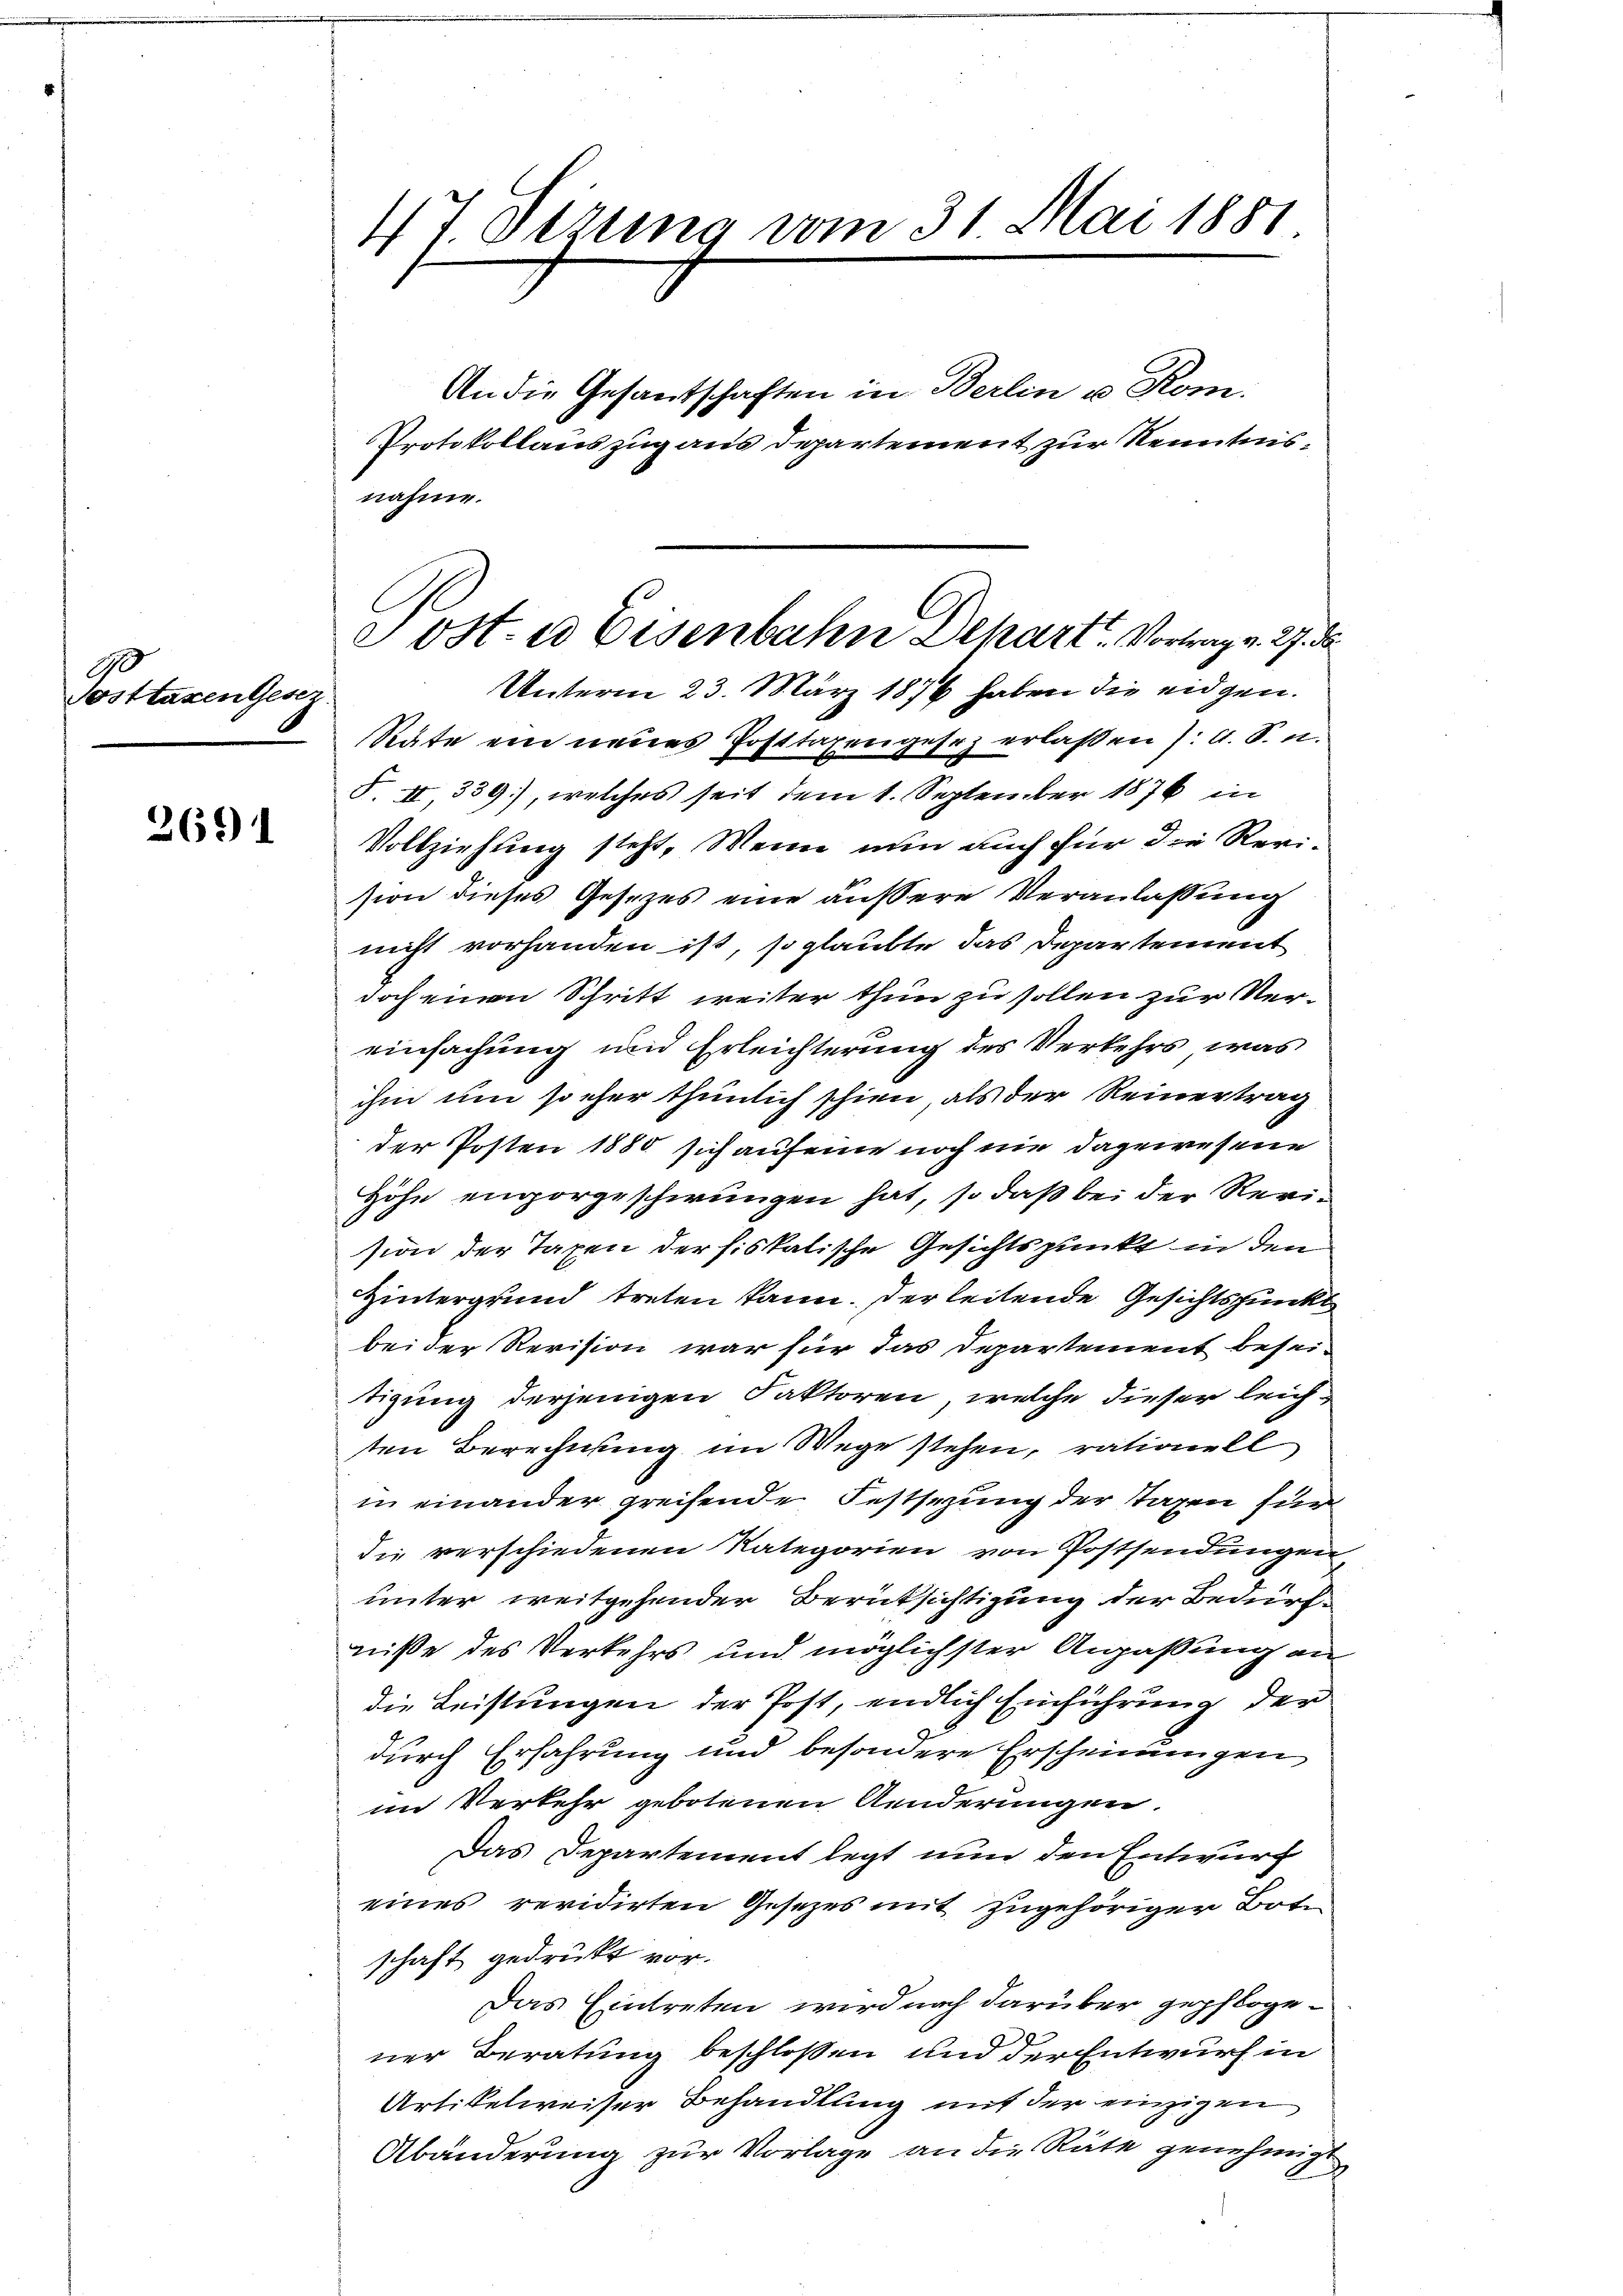
10
Sosttaxen Genz

2691

47. Ottung vom 31. Mai 1881

An die Gesantschaften in Berlin u. Rom.
Protokollauszug aus Departement zur Kenntnis¬
Räte ein neues Posttaxengesez erlassen /: A. S. u.
§ § 339), welches seit dem 1. September 1876 in
Vollziehung steht, Wenn nun auch für die Revision dieses Gesezes eine äussere Veranlaßung
nicht vorhanden ist, so glaubte das Departement
doch einen Schritt weiter thun zu sollen zur Vereinfachung und Erleichterung des Verkehrs, was
ihm um so eher thunlich schien als der Reinertrag
der Posten 1880 sich auf eine noch nie dagewesene
Höhe envorgeschwungen hat, so daß bei der Revision der Taxen der fiskalische Gesichtspunkt in den
Hintergrund treten kann. Der leitende Gesichtspunkt
bei der Revision war für das Departement besei-
tigung derjenigen Faktoren, welche dieser leichten Berechnung im Wege stehen, rationell
in einander greifende Festsezung der Tagen für
die verschiedenen Kategorien von Postsendungen,
unter weitgehender Berüksichtigung der Bedürfniße des Verkehrs und möglichster Anpaßung an
die Leistungen der Post, endlich Einführung der
durch Erfahrung und besondere Erscheinungen
im Verkehr gebotenen Aenderungen.
Das Departement legt nun den Entwurf
eines revidirten Gesetzes mit zugehöriger Bote
schaft gedrückt vor.
Das Eintreten wird nach darüber gepflogener Beratung beschlossen und der Entwurf in
Artikelweiser Behandlung mit der einzigen
Abänderung zur Vorlage an die Räte genehmigt

nahme.
e ost. es Eisenbahn Depart. Vortrag v. 27.
Unterm 23. März 1876 haben die eidgen.